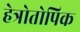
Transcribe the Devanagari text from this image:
हेत्रोतोपिक